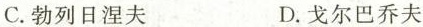
C.勃列日涅夫 D.戈尔巴乔夫